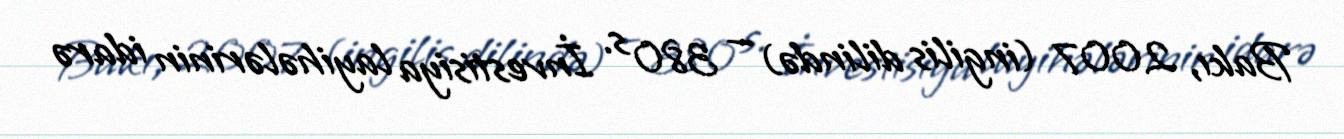
Bakı, 2007 (ingilis dilində) — 380 s. İnvestisiya layihələrinin idarə